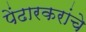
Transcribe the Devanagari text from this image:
पेंढारकरांचे